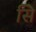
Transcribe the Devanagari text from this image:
सिे